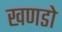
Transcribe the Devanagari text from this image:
खणडो